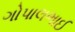
ગોપાલભાઈ